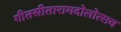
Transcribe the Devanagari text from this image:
गीतसीतारामदोलोत्सव